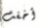
أخفت